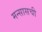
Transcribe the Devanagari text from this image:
मन्सासची